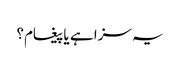
یہ سزا ہے یا پیغام؟